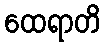
ထေရာတိ